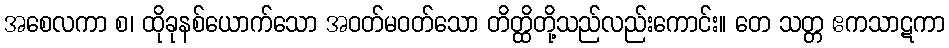
အစေလကာ စ၊ ထိုခုနစ်ယောက်သော အဝတ်မဝတ်သော တိတ္ထိတို့သည်လည်းကောင်း။ တေ သတ္တ ဧကသာဋကာ